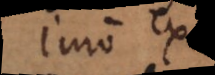
Imo ex